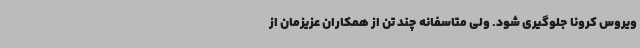
ویروس کرونا جلوگیری شود. ولی متاسفانه چند تن از همکاران عزیزمان از